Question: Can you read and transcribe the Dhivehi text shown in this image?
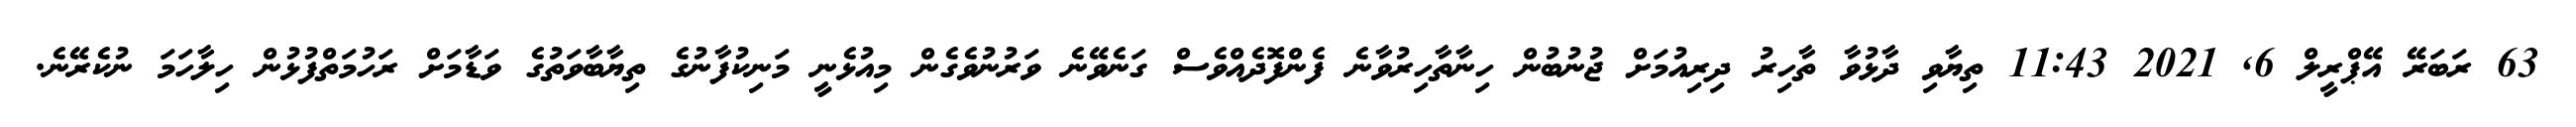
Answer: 63 ރަބަރޭ އޭޕްރީލް 6, 2021 11:43 ތިޔާވި ދާޅުވާ ތާހިރު ދިރިއުމަށް ޖުނުބުން ހިނާތާހިރުވާނެ ފެންފޮދެއްވެސް ގަނެވޭނެ ވަރުނުވެގެން މިއުޅެނީ މަނިކުފާނުގެ ތިޔާބާވަތުގެ ވަޑާމަށް ރަހުމަތްފުޅުން ހިލާހަމަ ނުކެރޭނެ.